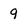
Character: 9